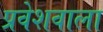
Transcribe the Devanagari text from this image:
प्रवेशवाला